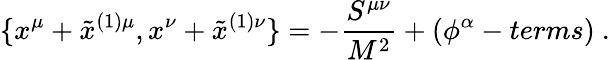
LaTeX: \{ x^{\mu}+\tilde{x}^{(1)\mu},x^{\nu}+\tilde{x}^{(1)\nu}\} =-\frac{S^{\mu\nu}}{M^{2}}+(\phi^{\alpha}-terms)~.